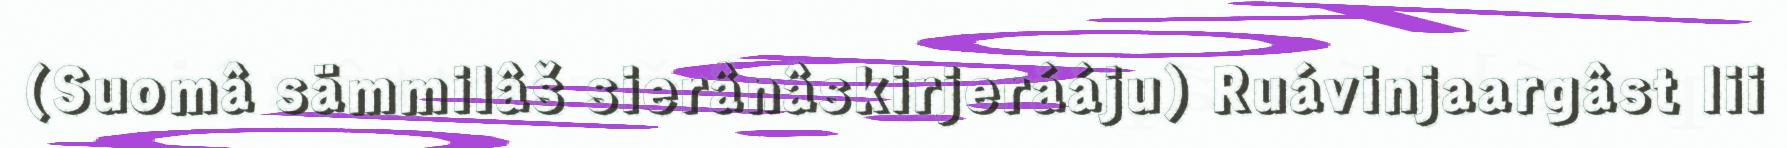
(Suomâ sämmilâš sierânâskirjerááju) Ruávinjaargâst lii